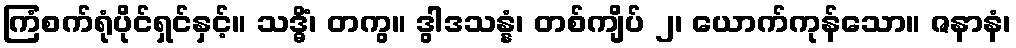
ကြံစက်ရုံပိုင်ရှင်နှင့်။ သဒ္ဓိံ၊ တကွ။ ဒွါဒသန္နံ၊ တစ်ကျိပ် ၂၊ ယောက်ကုန်သော။ ဇနာနံ၊